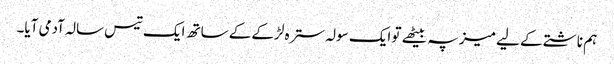
ہم ناشتے کے لیے میز پہ بیٹھے تو ایک سولہ سترہ لڑکے کے ساتھ ایک تیس سالہ آدمی آیا۔